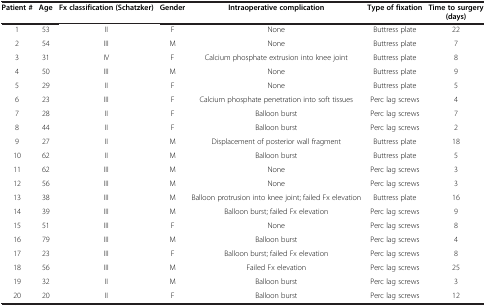
<table><thead><tr><td><b>Patient #</b></td><td><b>Age</b></td><td><b>Fx classification (Schatzker)</b></td><td><b>Gender</b></td><td><b>Intraoperative complication</b></td><td><b>Type of fixation</b></td><td><b>Time to surgery (days)</b></td></tr></thead><tbody><tr><td>1</td><td>53</td><td>II</td><td>F</td><td>None</td><td>Buttress plate</td><td>22</td></tr><tr><td>2</td><td>54</td><td>III</td><td>M</td><td>None</td><td>Buttress plate</td><td>7</td></tr><tr><td>3</td><td>31</td><td>IV</td><td>F</td><td>Calcium phosphate extrusion into knee joint</td><td>Buttress plate</td><td>8</td></tr><tr><td>4</td><td>50</td><td>III</td><td>M</td><td>None</td><td>Buttress plate</td><td>9</td></tr><tr><td>5</td><td>29</td><td>II</td><td>F</td><td>None</td><td>Buttress plate</td><td>5</td></tr><tr><td>6</td><td>23</td><td>III</td><td>F</td><td>Calcium phosphate penetration into soft tissues</td><td>Perc lag screws</td><td>4</td></tr><tr><td>7</td><td>28</td><td>II</td><td>F</td><td>Balloon burst</td><td>Perc lag screws</td><td>7</td></tr><tr><td>8</td><td>44</td><td>II</td><td>F</td><td>Balloon burst</td><td>Perc lag screws</td><td>2</td></tr><tr><td>9</td><td>27</td><td>II</td><td>M</td><td>Displacement of posterior wall fragment</td><td>Buttress plate</td><td>18</td></tr><tr><td>10</td><td>62</td><td>II</td><td>M</td><td>Balloon burst</td><td>Buttress plate</td><td>5</td></tr><tr><td>11</td><td>62</td><td>III</td><td>M</td><td>None</td><td>Perc lag screws</td><td>3</td></tr><tr><td>12</td><td>56</td><td>III</td><td>M</td><td>None</td><td>Perc lag screws</td><td>3</td></tr><tr><td>13</td><td>38</td><td>III</td><td>M</td><td>Balloon protrusion into knee joint; failed Fx elevation</td><td>Buttress plate</td><td>16</td></tr><tr><td>14</td><td>39</td><td>III</td><td>M</td><td>Balloon burst; failed Fx elevation</td><td>Perc lag screws</td><td>9</td></tr><tr><td>15</td><td>51</td><td>III</td><td>F</td><td>None</td><td>Perc lag screws</td><td>8</td></tr><tr><td>16</td><td>79</td><td>III</td><td>M</td><td>Balloon burst</td><td>Perc lag screws</td><td>4</td></tr><tr><td>17</td><td>23</td><td>III</td><td>F</td><td>Balloon burst; failed Fx elevation</td><td>Perc lag screws</td><td>8</td></tr><tr><td>18</td><td>56</td><td>III</td><td>M</td><td>Failed Fx elevation</td><td>Perc lag screws</td><td>25</td></tr><tr><td>19</td><td>32</td><td>II</td><td>M</td><td>Balloon burst</td><td>Perc lag screws</td><td>3</td></tr><tr><td>20</td><td>20</td><td>II</td><td>F</td><td>Balloon burst</td><td>Perc lag screws</td><td>12</td></tr></tbody></table>